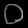
Digit: ၀